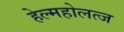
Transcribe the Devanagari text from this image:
हेल्महोलत्ज